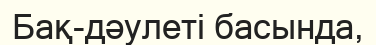
Бақ-дәулеті басында,